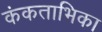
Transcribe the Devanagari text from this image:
कंकताभिका